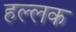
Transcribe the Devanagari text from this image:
हल्लक